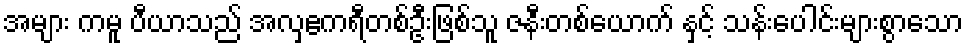
အများ ကမူ ပီယာသည် အလှဧကရီတစ်ဦးဖြစ်သူ ဇနီးတစ်ယောက် နှင့် သန်းပေါင်းများစွာသော